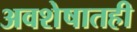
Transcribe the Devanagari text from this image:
अवशेषातही